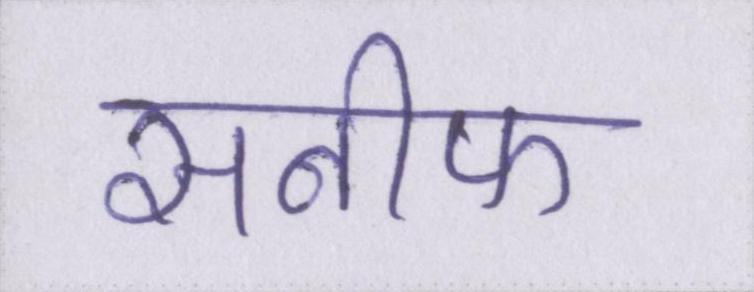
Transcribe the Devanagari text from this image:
सनीफ